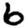
Digit: 6